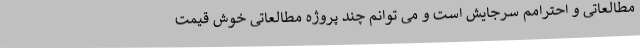
مطالعاتی و احترامم سرجایش است و می توانم چند پروژه مطالعاتی خوش قیمت